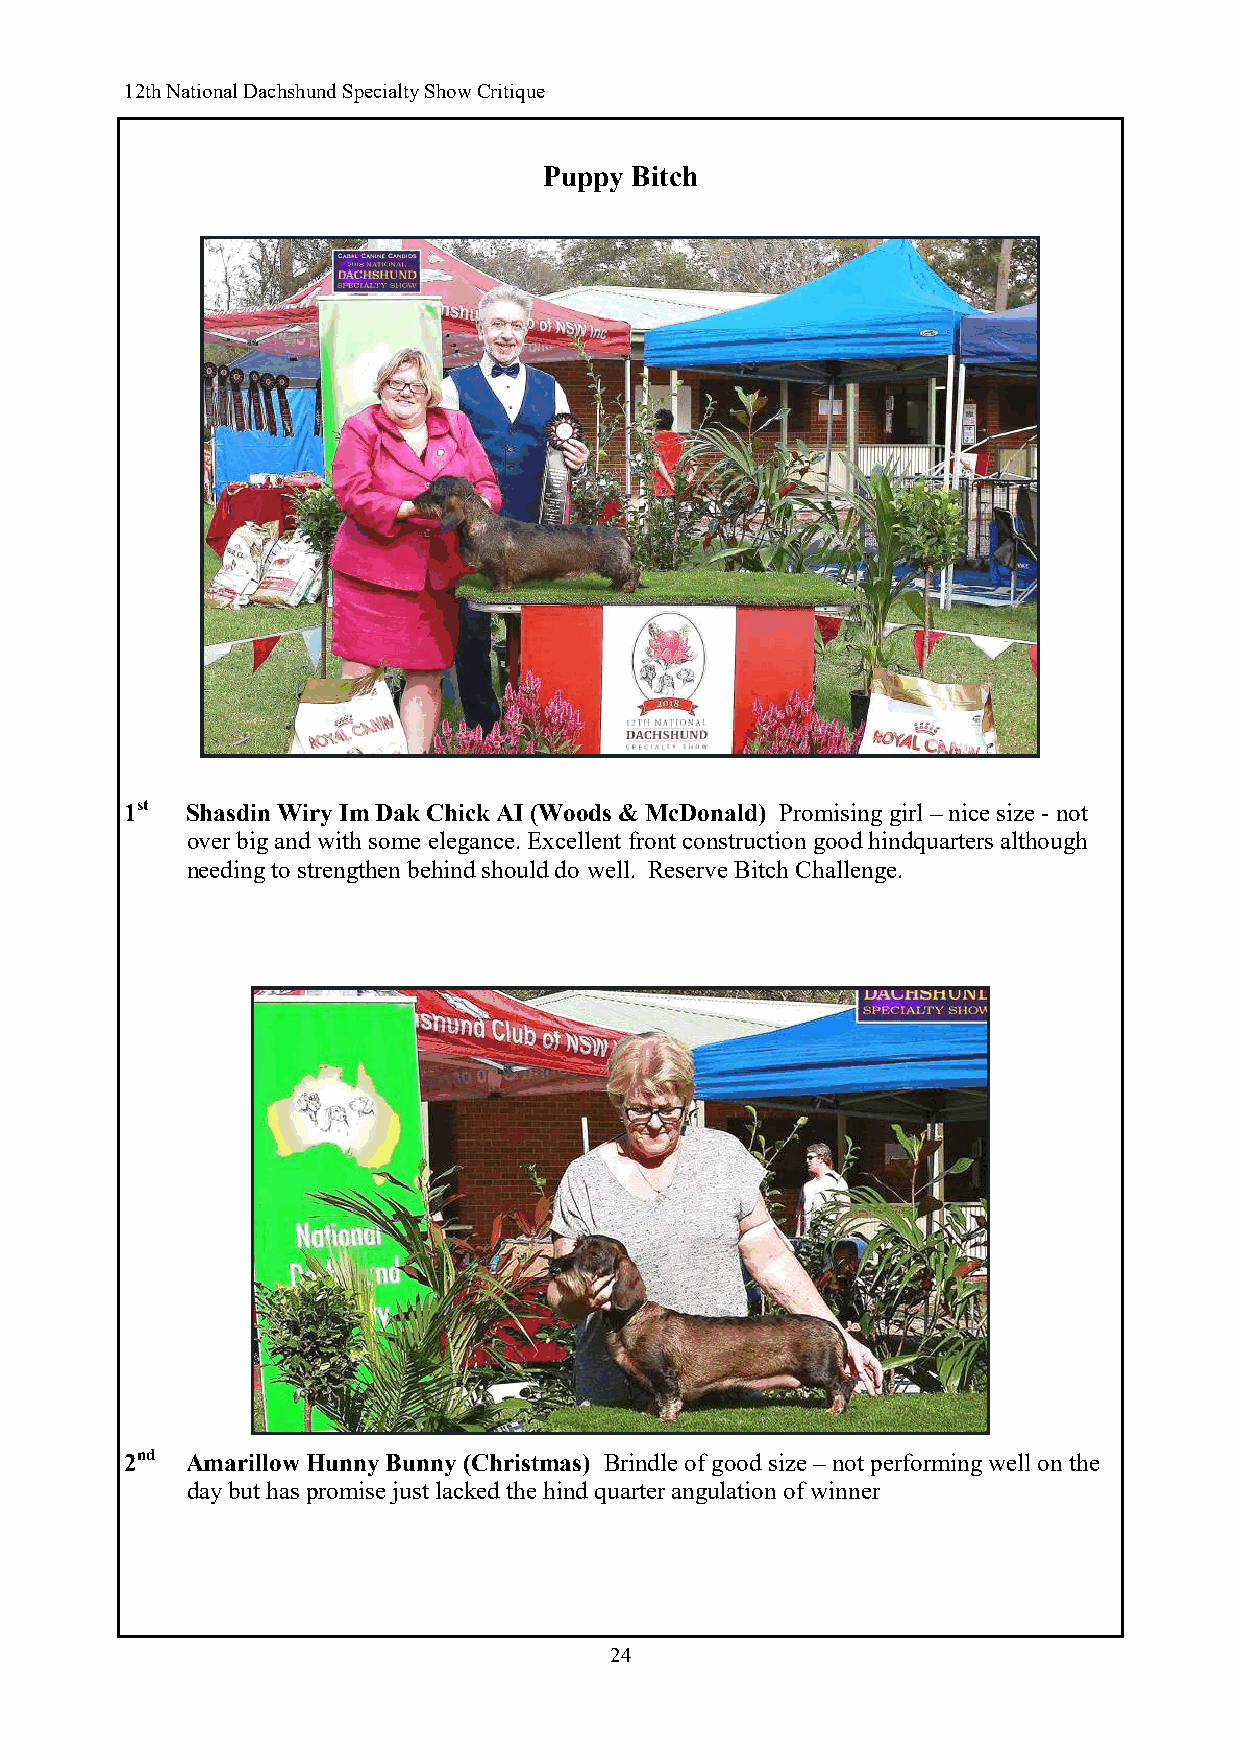
12th National Dachshund Specialty Show Critique
 Puppy Bitch
 1st Shasdin Wiry Im Dak Chick AI (Woods & McDonald) Promising girl – nice size - not
 over big and with some elegance. Excellent front construction good hindquarters although
 needing to strengthen behind should do well. Reserve Bitch Challenge.
 2nd Amarillow Hunny Bunny (Christmas) Brindle of good size – not performing well on the
 day but has promise just lacked the hind quarter angulation of winner
 24